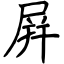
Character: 屛